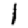
Digit: 1